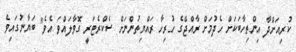
ކުރިއަށްދާ އިންތިހާބަކަށް ހެދުމަށް ރާއްޖޭގެ ހުރިހާ ރައްޔިތުންނަށް ސެކްރެޓަރީ ގޮވާލައްވަ އެވެ" ބަޔާނުގައިވެ